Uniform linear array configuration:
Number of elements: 8
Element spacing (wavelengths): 1
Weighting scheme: exponential
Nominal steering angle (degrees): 15
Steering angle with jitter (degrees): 16.138
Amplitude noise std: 0.05
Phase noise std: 0.05

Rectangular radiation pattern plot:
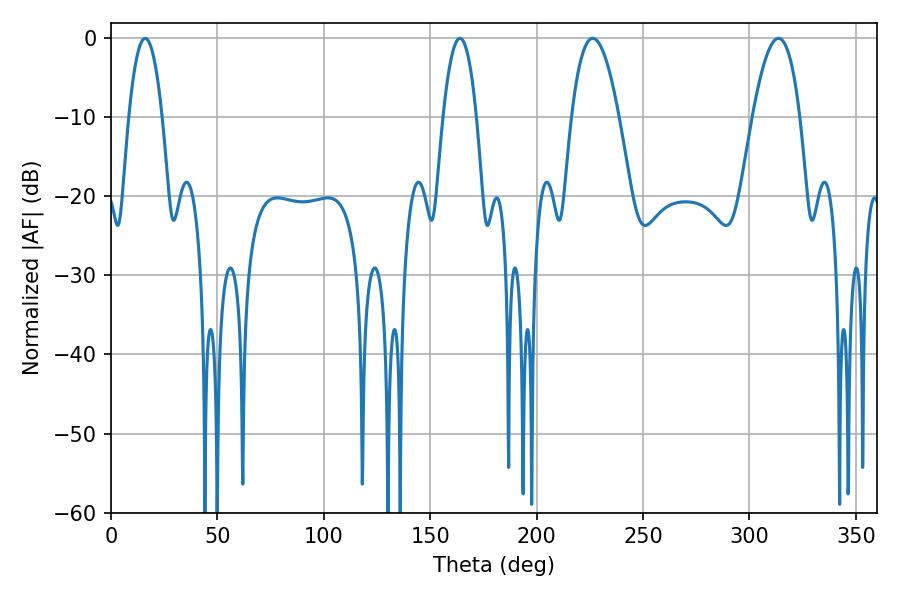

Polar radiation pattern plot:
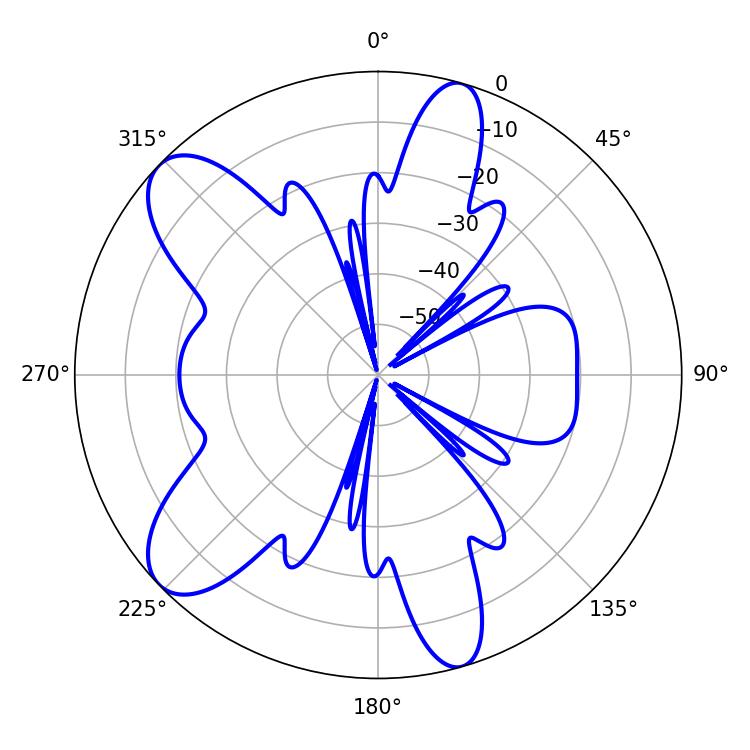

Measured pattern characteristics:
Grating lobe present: TRUE
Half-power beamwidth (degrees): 8.64
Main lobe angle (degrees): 16.02